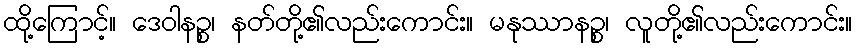
ထို့ကြောင့်။ ဒေဝါနဉ္စ၊ နတ်တို့၏လည်းကောင်း။ မနုဿာနဉ္စ၊ လူတို့၏လည်းကောင်း။